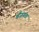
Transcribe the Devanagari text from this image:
वैंजयंता